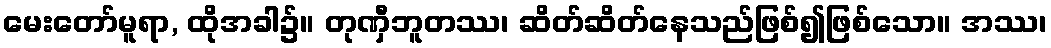
မေးတော်မူရာ, ထိုအခါ၌။ တုဏှီဘူတဿ၊ ဆိတ်ဆိတ်နေသည်ဖြစ်၍ဖြစ်သော။ အဿ၊